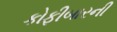
કોફીબારની